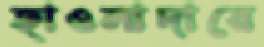
হাওলাদারে